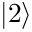
| 2 \rangle